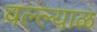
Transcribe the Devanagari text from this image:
वल्ल्याळ